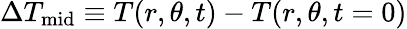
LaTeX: \Delta T_{\mathrm{mid}}\equiv{T(r,\theta,t)-T(r,\theta,t=0)}